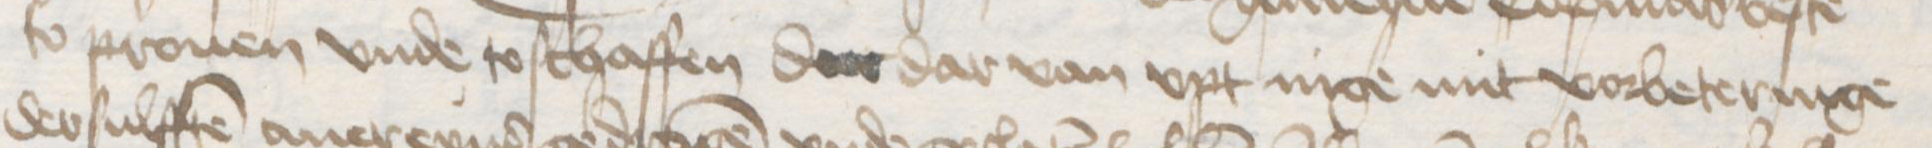
so prouen vnde to schaffen der dar van vpt nige mit vorbeteringe